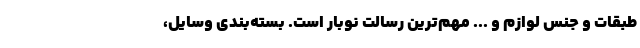
طبقات و جنس لوازم و ... مهم‌ترین رسالت نوبار است. بسته‌بندی وسایل،